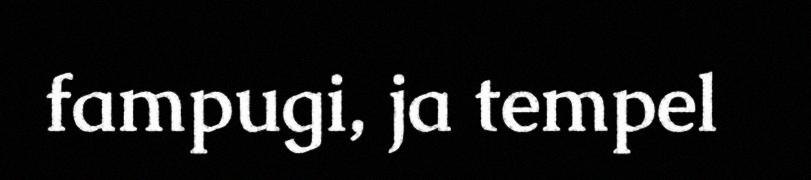
fampugi, ja tempel